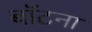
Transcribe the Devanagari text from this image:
बॉटना